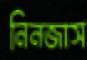
নিনজাস